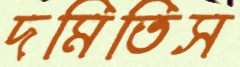
দমিতিস